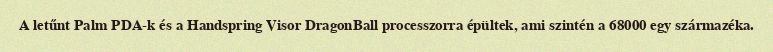
A letűnt Palm PDA-k és a Handspring Visor DragonBall processzorra épültek, ami szintén a 68000 egy származéka.